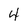
Character: 4